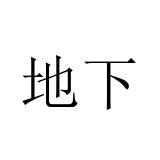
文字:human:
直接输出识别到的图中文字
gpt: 地下